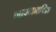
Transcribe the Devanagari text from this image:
नारदभक्ति